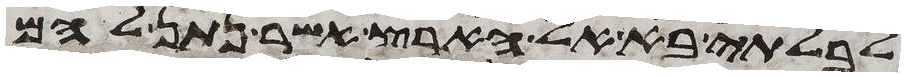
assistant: לבלתי בא אל הארץ אשר נתן להם